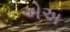
એઅ